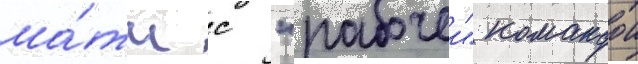
ма́тч с "рабочеи" командои